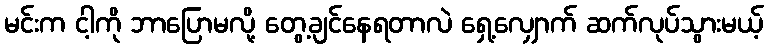
မင်းက ငါ့ကို ဘာပြောမလို့ တွေ့ချင်နေရတာလဲ ရှေ့လျှောက် ဆက်လုပ်သွားမယ့်